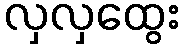
လှလှထွေး